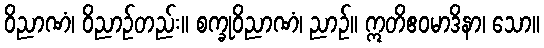
ဝိညာဏံ၊ ဝိညာဉ်တည်း။ စက္ခုဝိညာဏံ၊ ညာဉ်။ ဣတိဧဝမာဒိနာ၊ သော။